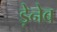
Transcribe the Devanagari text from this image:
ड़ेनेब